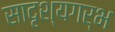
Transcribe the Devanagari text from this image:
सादृश्यगर्भ